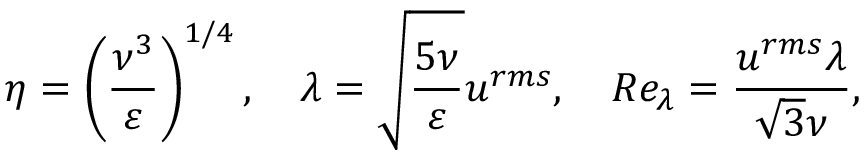
\eta = \left( \frac { \nu ^ { 3 } } { \varepsilon } \right) ^ { 1 / 4 } , \quad \lambda = \sqrt { \frac { 5 \nu } { \varepsilon } } u ^ { r m s } , \quad R e _ { \lambda } = \frac { u ^ { r m s } \lambda } { \sqrt { 3 } \nu } ,